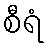
စီရံ